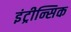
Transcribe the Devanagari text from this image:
इंट्रीन्सिक